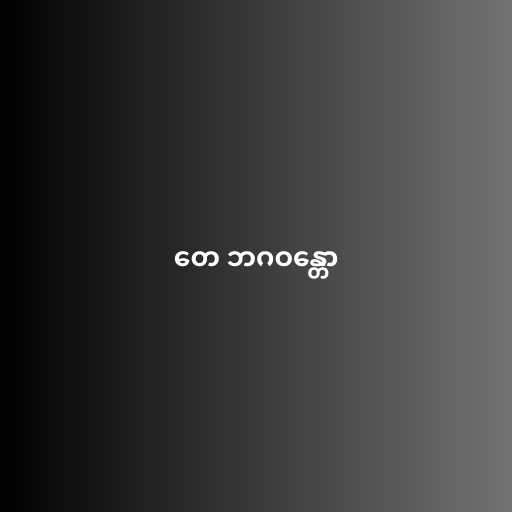
တေ ဘဂဝန္တော